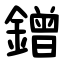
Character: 鏳